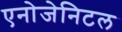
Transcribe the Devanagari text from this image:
एनोजेनिटल